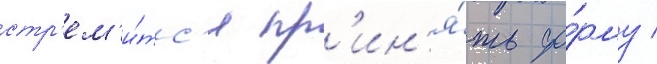
стр'ем'и́тс'я пр'ин'я́ть фо́рму /